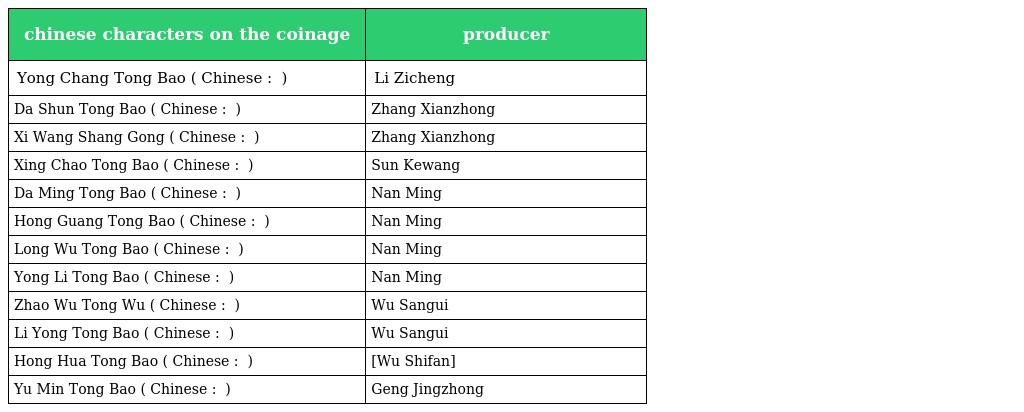
| chinese characters on the coinage | producer |
 | --- | --- |
 | Yong Chang Tong Bao ( Chinese : 永昌通宝 ) | Li Zicheng |
 | Da Shun Tong Bao ( Chinese : 大顺通宝 ) | Zhang Xianzhong |
 | Xi Wang Shang Gong ( Chinese : 西王赏功 ) | Zhang Xianzhong |
 | Xing Chao Tong Bao ( Chinese : 兴朝通宝 ) | Sun Kewang |
 | Da Ming Tong Bao ( Chinese : 大明通宝 ) | Nan Ming |
 | Hong Guang Tong Bao ( Chinese : 弘光通宝 ) | Nan Ming |
 | Long Wu Tong Bao ( Chinese : 隆武通宝 ) | Nan Ming |
 | Yong Li Tong Bao ( Chinese : 永历通宝 ) | Nan Ming |
 | Zhao Wu Tong Wu ( Chinese : 昭武通宝 ) | Wu Sangui |
 | Li Yong Tong Bao ( Chinese : 利用通宝 ) | Wu Sangui |
 | Hong Hua Tong Bao ( Chinese : 洪化通宝 ) | [Wu Shifan] |
 | Yu Min Tong Bao ( Chinese : 裕民通宝 ) | Geng Jingzhong |